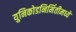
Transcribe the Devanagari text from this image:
युनिकोडनिर्मितीमध्ये